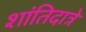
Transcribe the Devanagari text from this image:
शांतिदात्रे